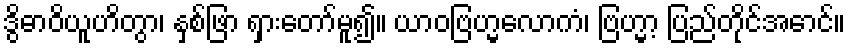
ဒွိဓာဝိယူဟိတွာ၊ နှစ်ဖြာ ရှားတော်မူ၍။ ယာဝဗြဟ္မလောကံ၊ ဗြဟ္မာ့ ပြည်တိုင်အောင်။